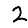
Digit: 2